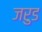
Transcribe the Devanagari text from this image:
जरुड